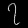
Digit: ၇